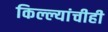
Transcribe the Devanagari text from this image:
किल्ल्यांचीही